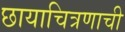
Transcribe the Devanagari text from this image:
छायाचित्रणाची